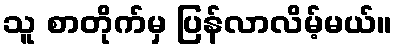
သူ စာတိုက်မှ ပြန်လာလိမ့်မယ်။